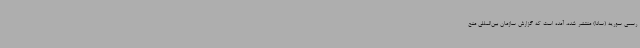
رسمی سوریه (سانا) منتشر شده، آمده است که گزارش سازمان بین‌المللی منع